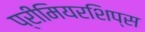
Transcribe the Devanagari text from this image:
प्रीमियरशिप्स